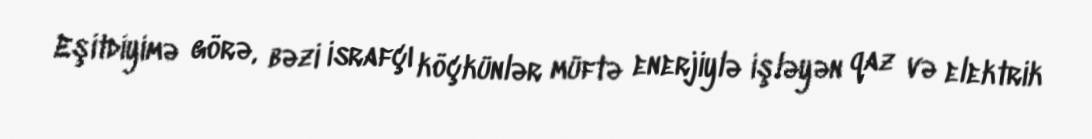
Eşitdiyimə görə, bəzi israfçı köçkünlər müftə enerjiylə işləyən qaz və elektrik